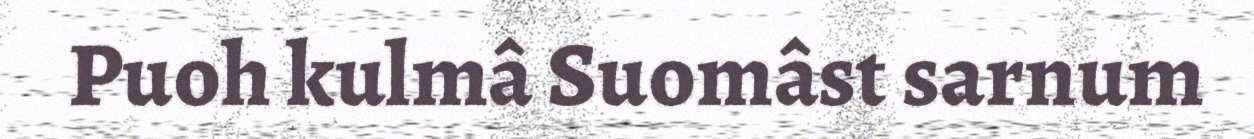
Puoh kulmâ Suomâst sarnum